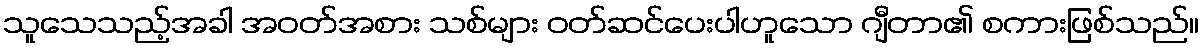
သူသေသည့်အခါ အဝတ်အစား သစ်များ ဝတ်ဆင်ပေးပါဟူသော ဂျီတာ၏ စကားဖြစ်သည်။